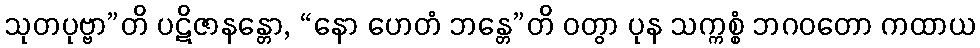
သုတပုဗ္ဗာ”တိ ပဋိဇာနန္တော, “နော ဟေတံ ဘန္တေ”တိ ဝတွာ ပုန သက္ကစ္စံ ဘဂဝတော ကထာယ